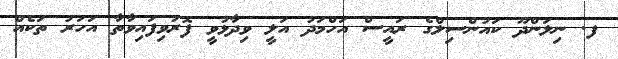
ފ. ނިލަންދޫ ކައުންސިލްގެ ރައީސް އަހްމަދު އަލީ ވިދާޅުވީ ފޮރުވިފައިވާތާ އަހަރު ތަކެއް